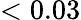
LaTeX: <0.03